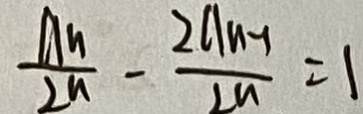
\frac { a _ { n } } { 2 n } - \frac { 2 a _ { n } - 1 } { 2 n } = 1